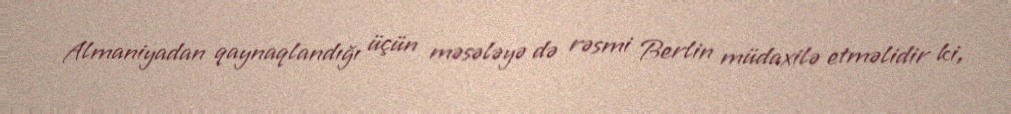
Almaniyadan qaynaqlandığı üçün məsələyə də rəsmi Berlin müdaxilə etməlidir ki,